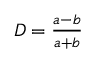
\begin{array} { r } { D = \frac { a - b } { a + b } } \end{array}